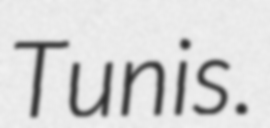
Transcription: Tunis.